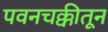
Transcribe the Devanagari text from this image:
पवनचक्कीतून